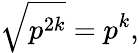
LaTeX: {\sqrt{p^{2k}}}=p^{k},